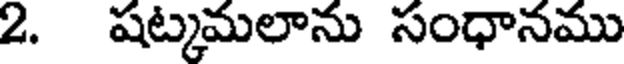
2. షట్కమలాను సంధానము